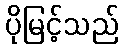
ပိုမြင့်သည်